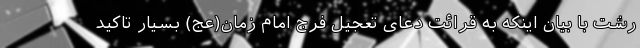
رشت با بیان اینکه به قرائت دعای تعجیل فرج امام زمان(عج) بسیار تاکید